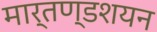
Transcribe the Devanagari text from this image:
मार्तण्डशयन